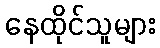
နေထိုင်သူများ